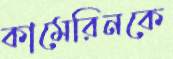
কামেরিনকে